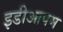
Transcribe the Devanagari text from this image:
इडीआपम